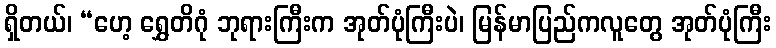
ရှိတယ်၊ “ဟေ့ ရွှေတိဂုံ ဘုရားကြီးက အုတ်ပုံကြီးပဲ၊ မြန်မာပြည်ကလူတွေ အုတ်ပုံကြီး